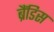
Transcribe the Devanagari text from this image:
ब्रैंडिस